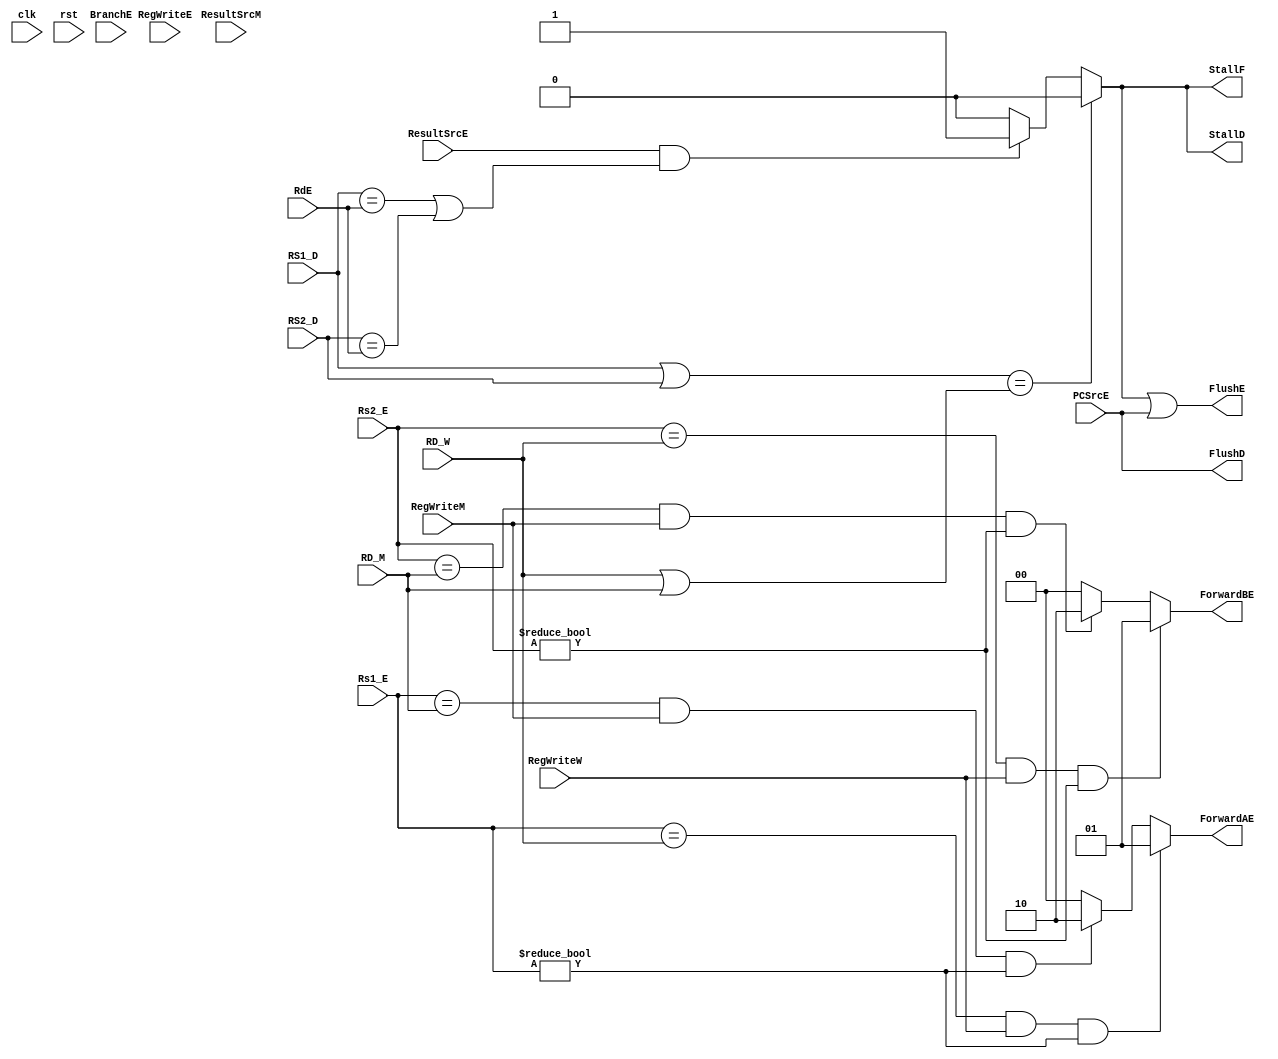
// This program was cloned from: https://github.com/theuppercaseguy/FYP--Risc-V-32-bit-Matrix-Mac
// License: GNU General Public License v3.0

`timescale 1ns/1ns

module hazard_unit (
    input clk, rst,
    input      [4:0] Rs1_E,
    input      [4:0] Rs2_E,
    input      [4:0] RD_M,
    input      [4:0] RD_W,
    input      [4:0] RS1_D,
    input      [4:0] RS2_D,
    input      [4:0] RdE,
    input            BranchE,
    
    input            ResultSrcE,
    input            ResultSrcM,
    input            RegWriteE,
    input            RegWriteM,
    input            RegWriteW,
    input            PCSrcE,
    
    output /*reg*/       StallF,
    output /*reg*/       StallD,
    output        FlushE,
    output        FlushD,
    output reg [1:0] ForwardAE,
    output reg [1:0] ForwardBE
    );
    wire lwStall, branchStall;
    
    reg [1:0] stallCount;

//        always @ (*) begin
//              if ( (RS1_D | RS2_D) == (RD_W | RD_M) ) begin
//                    lwStall = 1'b0;
//              end
//              else begin
//                    lwStall <= (ResultSrcE & ((RS1_D == RdE) | (RS2_D == RdE))) ? 1'b1 : 1'b0;
//              end
//              StallD  <= lwStall;
//              StallF  <= lwStall;
//              FlushE  <= lwStall  | (PCSrcE == 1'b1) ; 
//              FlushD  <= PCSrcE == 1'b1;
//        end
    
    
    assign branchStall = BranchE &( ( RegWriteE & ( RdE == RS1_D | RdE == RS2_D ) ) |
                                    ( ResultSrcM & ( RD_M == RS1_D | RD_M == RS2_D ) ) );
    
    assign lwStall  = ( ((RS1_D | RS2_D) == ( RD_W | RD_M) ) ) ? 1'b0 : (ResultSrcE & ((RS1_D == RdE) | (RS2_D == RdE))) ? 1'b1 : 1'b0 ;
    
    assign StallF = lwStall;
    assign StallD = lwStall;
    assign FlushD = /*lwStall*/ PCSrcE;    
    assign FlushE = lwStall | PCSrcE;

    
    
    
    always @(*) begin
        if ( ( ((Rs1_E == RD_W) & RegWriteW) & (Rs1_E != 0) ) /*| lwStall == 1'b1 */) begin
                ForwardAE = 2'b01; //forward from memory to alu, need data from memory into alu, recently written data in mem required
        end
        else if ( (((Rs1_E == RD_M) & RegWriteM) & (Rs1_E != 0) ) /*& lwStall == 1'b1*/ ) begin
            ForwardAE = 2'b10;//forward from alu output to alu input, recently calculated data in alu required
        end
        else begin
            ForwardAE = 2'b00;
        end        
        
        if ( ((Rs2_E == RD_W) & RegWriteW) & (Rs2_E != 0) ) begin
                        ForwardBE = 2'b01;
        end
        else if (((Rs2_E == RD_M) & RegWriteM) & (Rs2_E != 0) ) begin
                    ForwardBE = 2'b10;
        end
        else begin
                    ForwardBE = 2'b00;
         end
    end    
    

endmodule